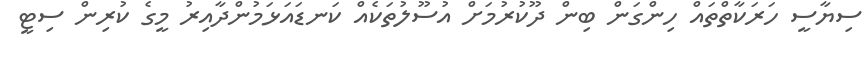
ސިޔާސީ ހަރަކާތްތައް ހިންގަން ބިން ދޫކުރުމަށް އުސޫލުތަކެއް ކަނޑައަޅަމުންދާއިރު މީގެ ކުރިން ސިޓީ